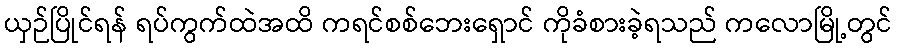
ယှဉ်ပြိုင်ရန် ရပ်ကွက်ထဲအထိ ကရင်စစ်ဘေးရှောင် ကိုခံစားခဲ့ရသည် ကလောမြို့တွင်